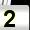
Digit: 2